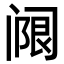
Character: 𬮵